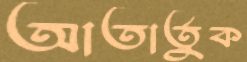
আতার্তুক